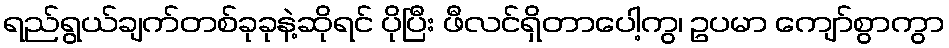
ရည်ရွယ်ချက်တစ်ခုခုနဲ့ဆိုရင် ပိုပြီး ဖီလင်ရှိတာပေါ့ကွ၊ ဥပမာ ကျော်စွာကွာ